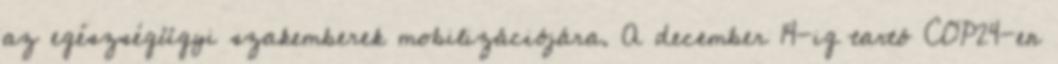
az egészségügyi szakemberek mobilizációjára. A december 14-ig tartó COP24-en